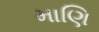
માણિ